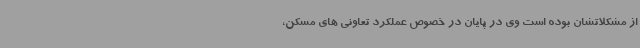
از مشکلاتشان بوده است وی در پایان در خصوص عملکرد تعاونی های مسکن،